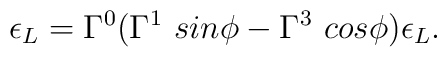
\epsilon_L = \Gamma^0(\Gamma^1~sin\phi - \Gamma^3~cos\phi)\epsilon_L.